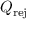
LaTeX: Q _ { \mathrm { r e j } }